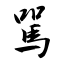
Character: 駡